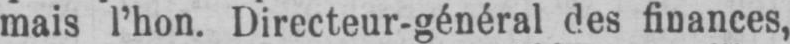
mais l’hon. Directeur-général des finances,